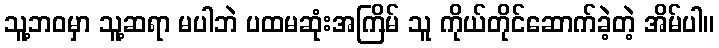
သူ့ဘဝမှာ သူ့ဆရာ မပါဘဲ ပထမဆုံးအကြိမ် သူ ကိုယ်တိုင်ဆောက်ခဲ့တဲ့ အိမ်ပါ။